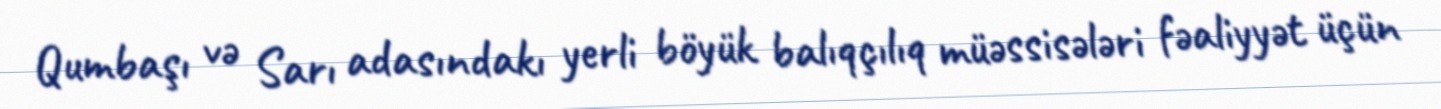
Qumbaşı və Sarı adasındakı yerli böyük balıqçılıq müəssisələri fəaliyyət üçün